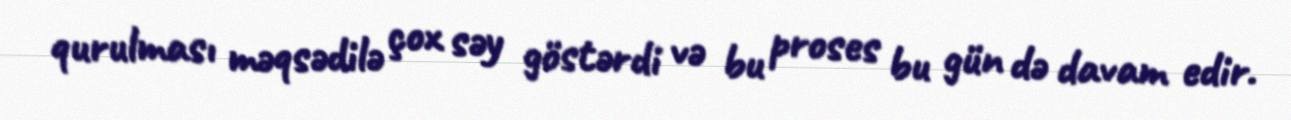
qurulması məqsədilə çox səy göstərdi və bu proses bu gün də davam edir.